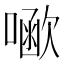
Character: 𠾗